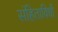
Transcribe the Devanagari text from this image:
संहिताविधी